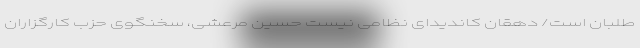
طلبان است/ دهقان کاندیدای نظامی نیست حسین مرعشی، سخنگوی حزب کارگزاران